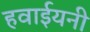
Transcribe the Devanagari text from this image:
हवाईयनी